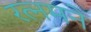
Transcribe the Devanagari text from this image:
रत्नमने